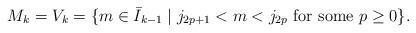
LaTeX: \begin{align*}M_k=V_k=\{m \in \bar{I}_{k-1}\mid j_{2p+1}<m<j_{2p} \mbox{ for some }p\geq 0\}.\end{align*}